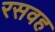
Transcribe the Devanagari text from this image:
रसवह